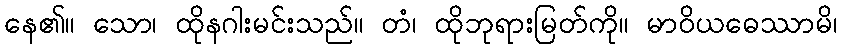
နေ၏။ သော၊ ထိုနဂါးမင်းသည်။ တံ၊ ထိုဘုရားမြတ်ကို။ မာဝိယဓေဿာမိ၊